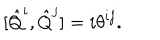
[ \hat { Q } ^ { i } , \hat { Q } ^ { j } ] = i \theta ^ { i j } .